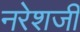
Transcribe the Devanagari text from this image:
नरेशजी